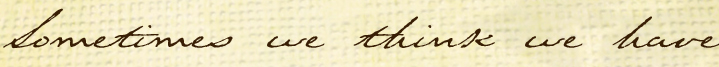
Sometimes we think we have